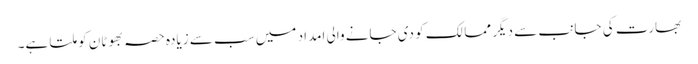
بھارت کی جانب سے دیگر ممالک کو دی جانے والی امداد میں سب سے زیادہ حصہ بھوٹان کو ملتا ہے۔